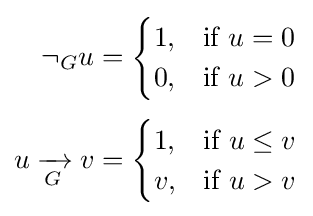
{\begin{aligned}\neg _{G}u&={\begin{cases}1,&{\text{if }}u=0\\0,&{\text{if }}u>0\end{cases}}\\[3pt]u\mathrel {\xrightarrow[{G}]{}} v&={\begin{cases}1,&{\text{if }}u\leq v\\v,&{\text{if }}u>v\end{cases}}\end{aligned}}